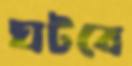
ঘটবে